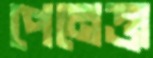
পেনেত্তা